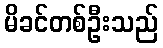
မိခင်တစ်ဦးသည်